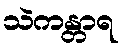
သဲကန္တာရ